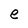
Character: e